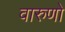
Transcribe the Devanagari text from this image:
वारुणो